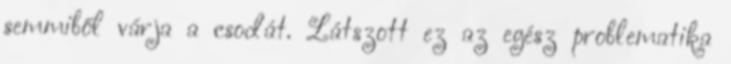
semmiből várja a csodát. Látszott ez az egész problematika